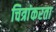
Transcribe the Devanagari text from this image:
चित्रांकरता